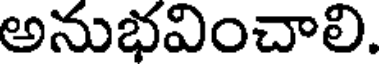
అనుభవించాలి.